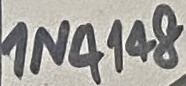
Text: IN4148